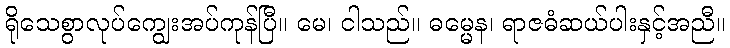
ရိုသေစွာလုပ်ကျွေးအပ်ကုန်ပြီ။ မေ၊ ငါသည်။ ဓမ္မေန၊ ရာဇဓံဆယ်ပါးနှင့်အညီ။